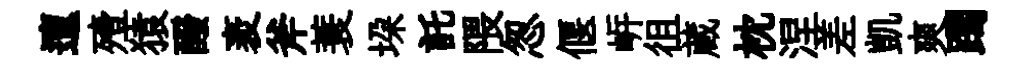
邅殪猿醱袤斧蓑垜託隈怱偃㟁徂蔵枕涅差凱爽躅